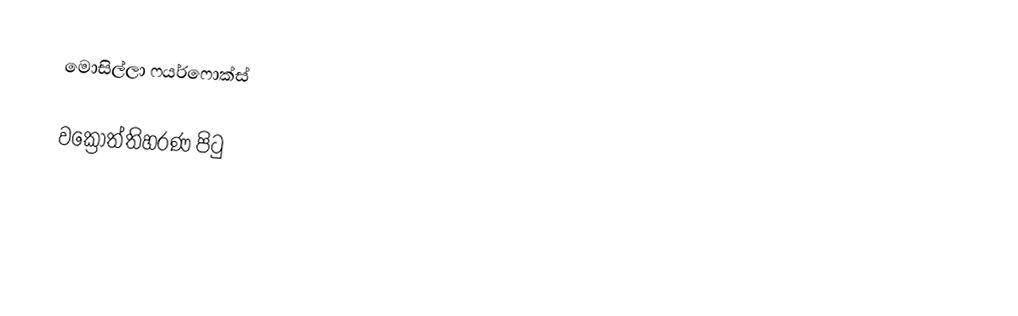
මොසිල්ලා ෆයර්ෆොක්ස්

වක්‍රෝත්තිහරණ පිටු